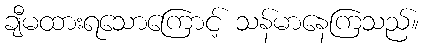
ချီမထားရသောကြောင့် သန်မာနေကြသည်။